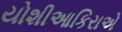
યોશીઆકિરાએ